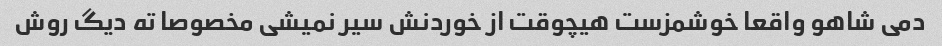
دمی شاهو واقعا خوشمزست هیچوقت از خوردنش سیر نمیشی مخصوصا ته دیگ روش